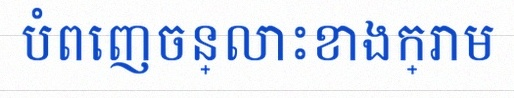
បំពេញចន្លោះខាងក្រោម